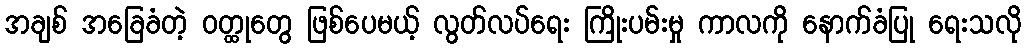
အချစ် အခြေခံတဲ့ ဝတ္ထုတွေ ဖြစ်ပေမယ့် လွတ်လပ်ရေး ကြိုးပမ်းမှု ကာလကို နောက်ခံပြု ရေးသလို